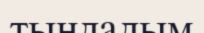
тындадым